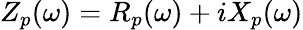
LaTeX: Z_{p}(\omega)=R_{p}(\omega)+iX_{p}(\omega)